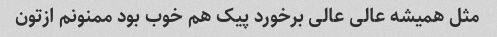
مثل همیشه عالی عالی برخورد پیک هم خوب بود ممنونم ازتون